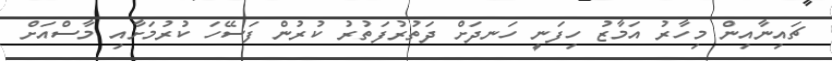
ޗައިނާއިން މިހާރު އަމާޒު ހިފަނީ ހަނދަށް ދަތުރުފަތުރު ކުރުން ފަސޭހަ ކުރުމަށާއި މާސްއަށް